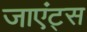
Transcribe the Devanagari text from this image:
जाएंट्स